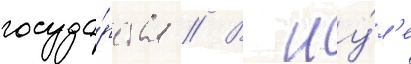
госуда́рства // В иу́л'е